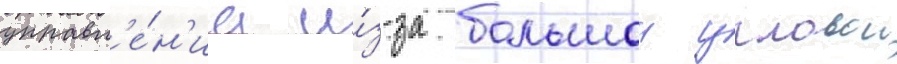
управл'е́н'иа и́з-за большои угловои